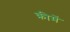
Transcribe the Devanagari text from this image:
क्रीमें